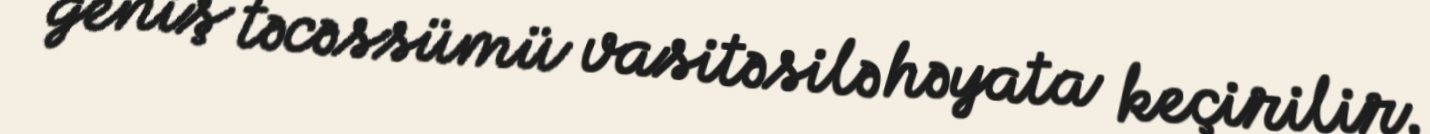
geniş təcəssümü vasitəsilə həyata keçirilir.